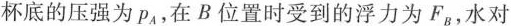
杯底的压强为p_{ A }，在B位置时受到的浮力为F_{ B }，水对